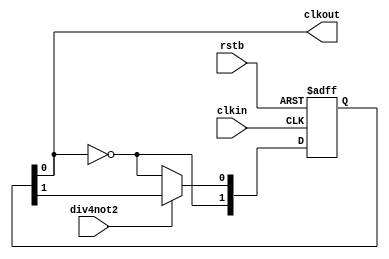
/*
 * clkdiv24
 *
 * Divide by 2, or 4 with a 50:50 mark space ratio
 *
 */

//`define ripple_divider 1

module clkdiv24 (
                 input      clkin,
                 input      rstb,
                 input      div4not2,
                 output reg clkout
                 );
  
  reg [1:0]                 p_d;
  reg [1:0]                 p_q;
  

`ifdef ripple_divider
  
  always @ ( posedge clkin or negedge rstb )
    if ( !rstb )
      p_q[1] <= 1'b0;
    else
      p_q[1] <= !p_q[1];

  always @ ( posedge p_q[1] or negedge rstb )
    if ( !rstb )
      p_q[0] <= 1'b0;
    else
      p_q[0] <= !p_q[0];
    
`else  
  always @  ( * ) begin
    clkout = p_q[0];
    p_d[1] = !p_q[0];    
    if (div4not2) 
      p_d[0] = p_q[1];
    else 
      p_d[0] = !p_q[0];
  end
  
  always @ ( posedge clkin or negedge rstb )
    if ( !rstb )
      p_q <= 2'b00;
    else
      p_q <= p_d;
`endif
  
endmodule